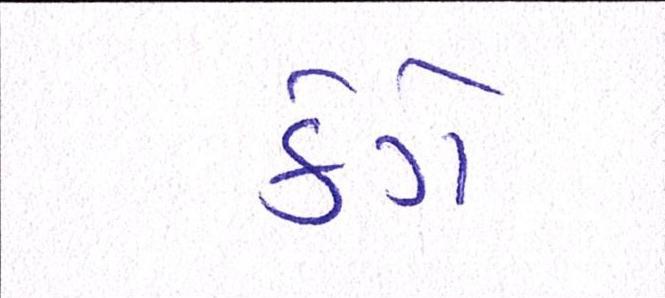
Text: કેગે